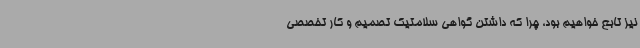
نیز تابع خواهیم بود، چرا که داشتن گواهی سلامتیک تصمیم و کار تخصصی